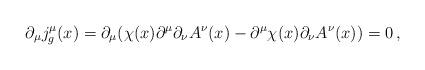
LaTeX: \begin{align*}\partial_\mu j_g^\mu (x) = \partial_\mu (\chi (x) \partial^\mu \partial_\nu A^\nu (x)- \partial^\mu \chi (x) \partial_\nu A^\nu (x) )=0 \, ,\end{align*}